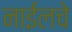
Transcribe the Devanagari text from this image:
नाईलचे